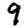
Digit: 9